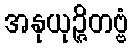
အနုယုဉ္ဇိတဗ္ဗံ